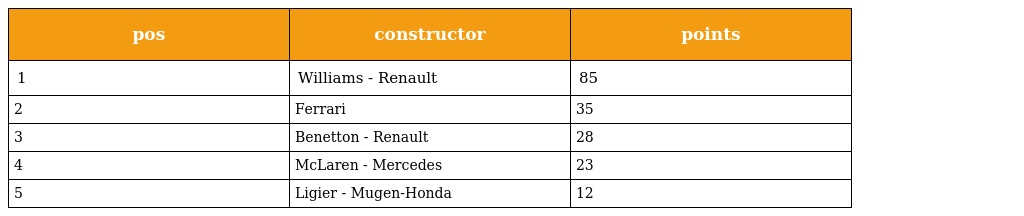
| pos | constructor | points |
 | --- | --- | --- |
 | 1 | Williams - Renault | 85 |
 | 2 | Ferrari | 35 |
 | 3 | Benetton - Renault | 28 |
 | 4 | McLaren - Mercedes | 23 |
 | 5 | Ligier - Mugen-Honda | 12 |